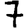
Digit: 7